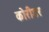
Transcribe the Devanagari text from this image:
कोरीडर